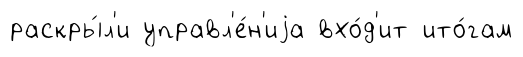
раскры́л'и управл'е́н'иjа вхо́д'ит ито́гам